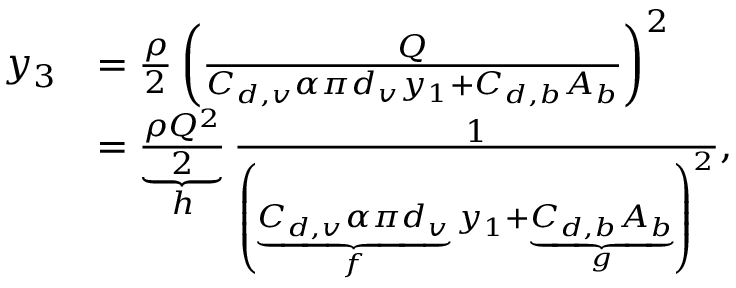
\begin{array} { r l } { y _ { 3 } } & { = \frac { \rho } { 2 } \left( \frac { Q } { C _ { d , v } \alpha \pi d _ { v } y _ { 1 } + C _ { d , b } A _ { b } } \right) ^ { 2 } } \\ & { = \underbrace { \frac { \rho Q ^ { 2 } } { 2 } } _ { h } \frac { 1 } { \left( \underbrace { C _ { d , v } \alpha \pi d _ { v } } _ { f } y _ { 1 } + \underbrace { C _ { d , b } A _ { b } } _ { g } \right) ^ { 2 } } , } \end{array}